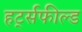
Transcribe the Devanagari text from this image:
हर्ट्सफील्ड